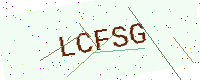
Text: LCFSG